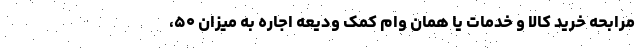
مرابحه خرید کالا و خدمات یا همان وام کمک ودیعه اجاره به میزان ۵۰،